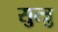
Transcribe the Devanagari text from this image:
सुत्त्रु